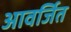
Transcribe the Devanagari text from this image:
आवर्जित